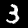
Label: 3